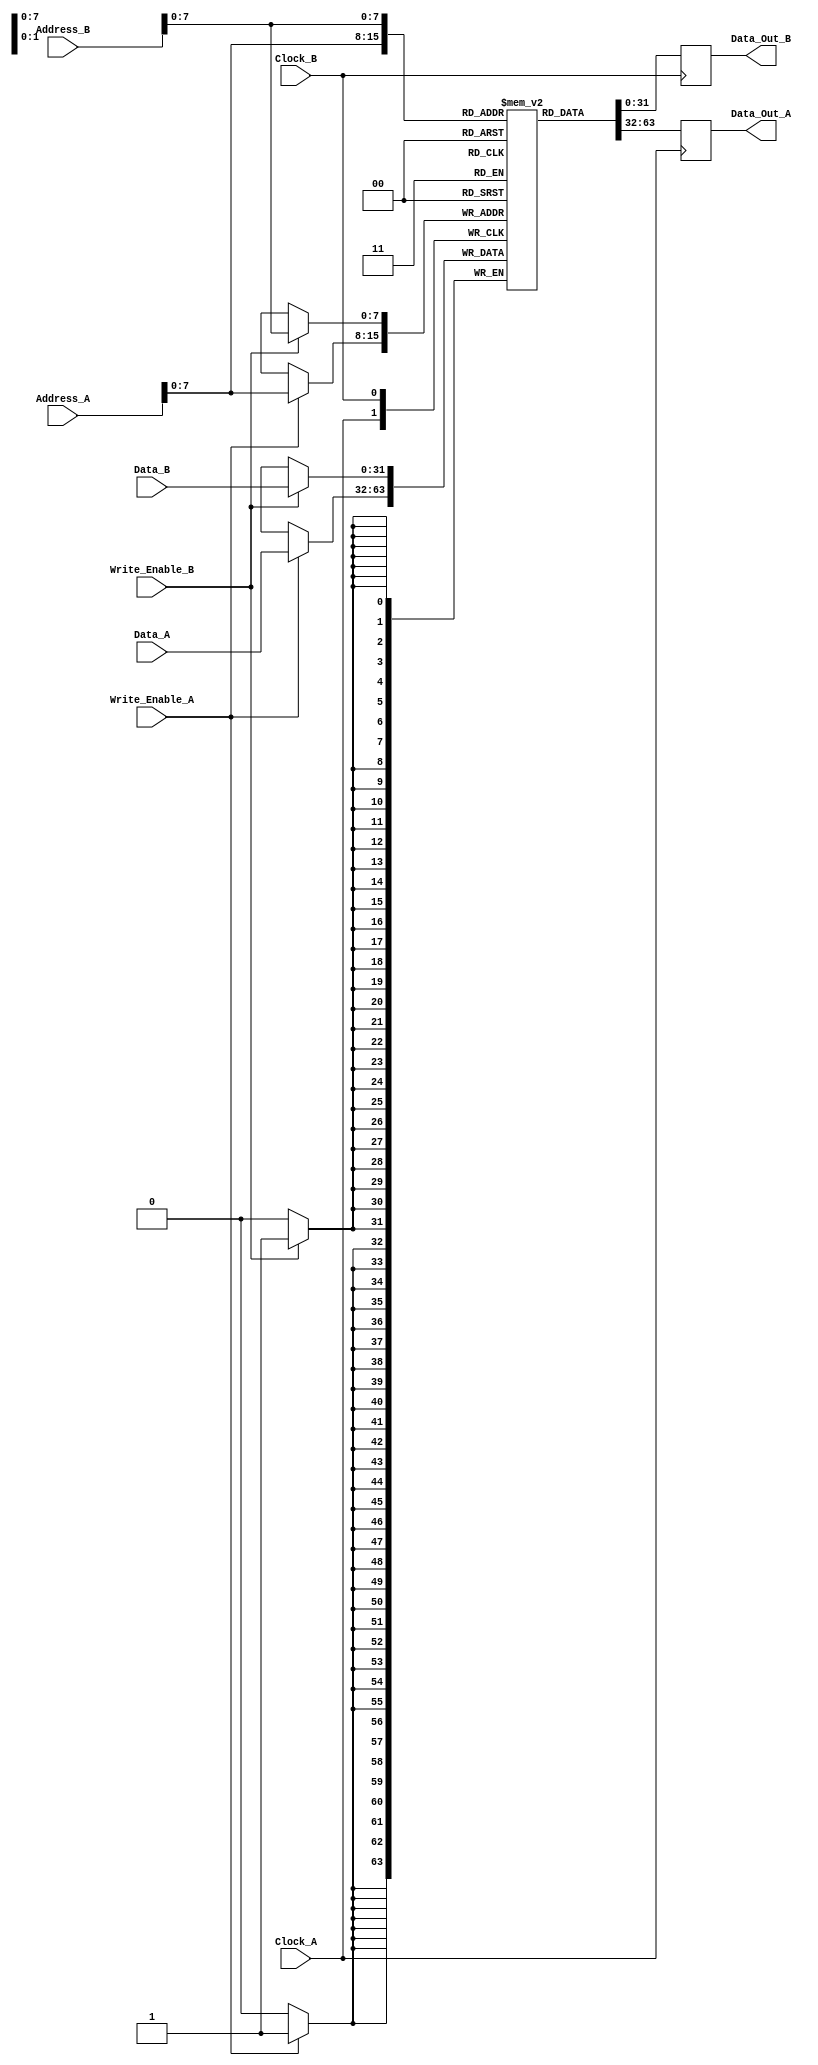
module dual_port_ram #(
    parameter N = 256,  // Number of words
    parameter M = 32    // Width of each word in bits
)(
    input  wire [N-1:0] Address_A,   // Address for Port A
    input  wire [M-1:0] Data_A,       // Data input for Port A
    input  wire         Write_Enable_A,// Write enable for Port A
    input  wire         Clock_A,       // Clock for Port A
    output reg  [M-1:0] Data_Out_A,   // Data output for Port A

    input  wire [N-1:0] Address_B,     // Address for Port B
    input  wire [M-1:0] Data_B,         // Data input for Port B
    input  wire         Write_Enable_B, // Write enable for Port B
    input  wire         Clock_B,        // Clock for Port B
    output reg  [M-1:0] Data_Out_B      // Data output for Port B
);

    // Memory array declaration
    reg [M-1:0] mem_array [0:N-1];

    // Port A operations
    always @(posedge Clock_A) begin
        if (Write_Enable_A) begin
            mem_array[Address_A] <= Data_A; // Write operation
        end
        Data_Out_A <= mem_array[Address_A]; // Read operation
    end

    // Port B operations
    always @(posedge Clock_B) begin
        if (Write_Enable_B) begin
            mem_array[Address_B] <= Data_B; // Write operation
        end
        Data_Out_B <= mem_array[Address_B]; // Read operation
    end

endmodule